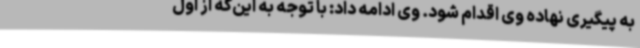
به پیگیری نهاده وی اقدام شود. وی ادامه داد: با توجه به این‌که از اول